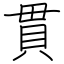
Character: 貫